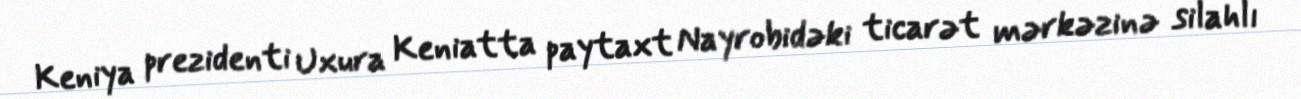
Keniya prezidenti Uxura Keniatta paytaxt Nayrobidəki ticarət mərkəzinə silahlı